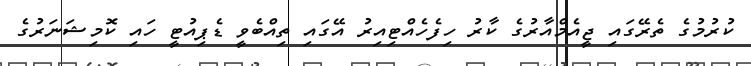
ކުރުމުގެ ތެރޭގައި ޖީއެމްއާރުގެ ކާރު ހިފެހެއްޓިއިރު އޭގައި ތިއްބެވީ ޑެޕިއުޓީ ހައި ކޮމިޝަނަރުގެ